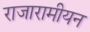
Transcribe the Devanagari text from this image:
राजारामीयन